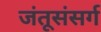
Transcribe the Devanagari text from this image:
जंतूसंसर्ग